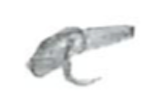
Text: a
Cross-out: scratch
Writing tool: pencil